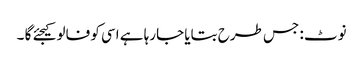
نوٹ : جس طرح بتایا جارہا ہے اسی کو فالو کیجئے گا ۔